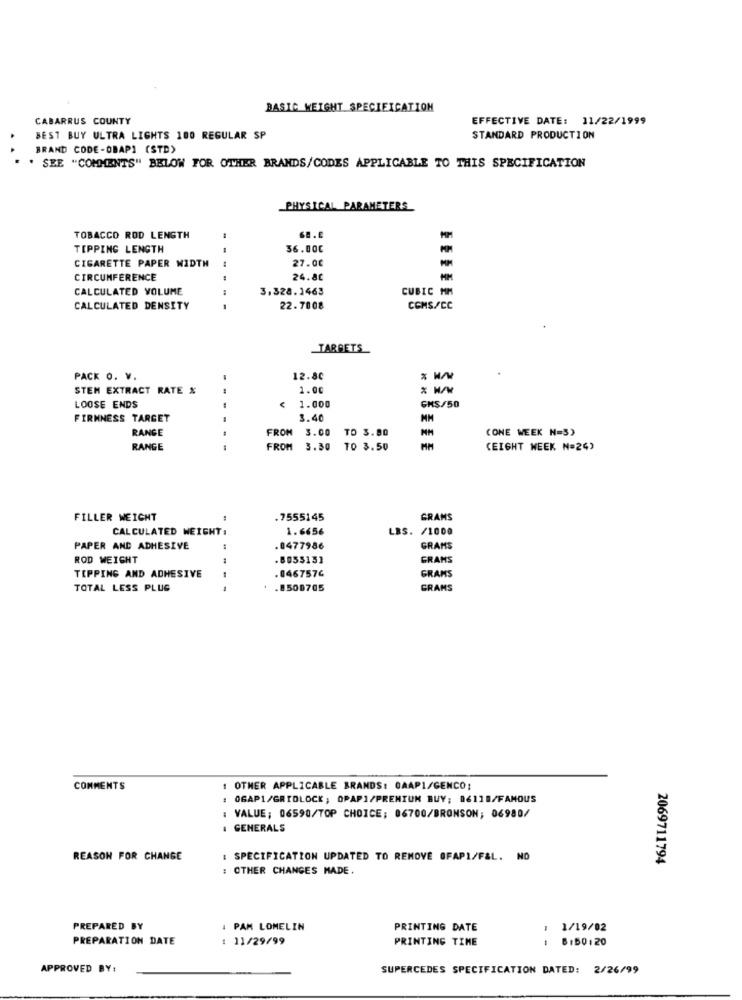
BASIC WEIGHT SPECIFICATION
CABARRUS COUNTY
EFFECTIVE DATE: 11/22/1999
BEST BUY ULTRA LIGHTS 100 REGULAR SP
STANDARD PRODUCTION
BRAND CODE -OBAPI (STD)
. SEE "COMMENTS" BELOW FOR OTHER BRANDS/CODES APPLICABLE TO THIS SPECIFICATION
PHYSICAL PARAMETERS
TOBACCO ROD LENGTH
MM
TIPPING LENGTH
.-
36.00℃
CIGARETTE PAPER WIDTH
27.00
CIRCUMFERENCE
24.80
CALCULATED VOLUME
3,328.1463
CUBIC MM
CALCULATED DENSITY
---
22.7008
COMS/CC
TARGETS
PACK O. V.
12.80
STEM EXTRACT RATE %
1.00
LOOSE ENDS
1.000
GMS/50
FIRMNESS TARGET
3.40
MM
RANGE
FROM
3.00
TO 3.80
CONE WEEK N=3)
RANGE
---
FROM 3.30
TO 3.50
(EIGHT WEEK N=24)
FILLER WEIGHT
.7555145
GRAMS
CALCULATED WEIGHT :
1.6656
LBS. /1000
PAPER AND ADHESIVE
.0477986
GRAMS
ROD WEIGHT
GRAMS
.0467576
TEPPING AND ADHESIVE
GRAMS
TOTAL LESS PLUG
.8500705
GRAMS
COMMENTS
1 OTHER APPLICABLE BRANDS: GAAP1/GENCO;
: 0GAP1/GRIDLOCK ; OPAPI/PREMIUM BUY; 06118/FAMOUS
: VALUE; 06590/TOP CHOICE; 06700/BRONSON; 06980/
: GENERALS
REASON FOR CHANGE
: SPECIFICATION UPDATED TO REMOVE OFAPI/F&L. NO
: OTHER CHANGES MADE.
2069711794
PREPARED BY
4 PAM LOMELIN
PRINTING DATE
1/19/02
PREPARATION DATE
: 11/29/99
PRINTING TIME
8150 : 20
APPROVED BY:
SUPERCEDES SPECIFICATION DATED: 2/26/99